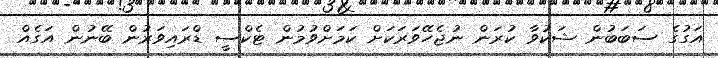
އަގުގެ ސަބަބުން ޝަކުވާ ކުރަން ނުޖެހޭވަރަކަށް ކަމަށްވުމުން ޓެކްސީ ޑްރައިވަރުން ބޭނުން އަގެއް